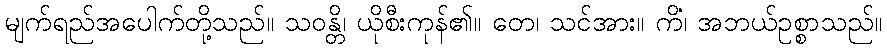
မျက်ရည်အပေါက်တို့သည်။ သဝန္တိ၊ ယိုစီးကုန်၏။ တေ၊ သင်အား။ ကိံ၊ အဘယ်ဥစ္စာသည်။